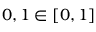
0 , 1 \in [ 0 , 1 ]